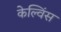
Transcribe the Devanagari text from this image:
केल्विंस